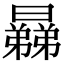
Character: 𣋥